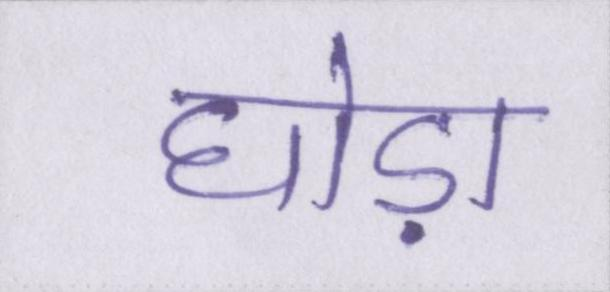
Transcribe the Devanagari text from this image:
घोड़ा